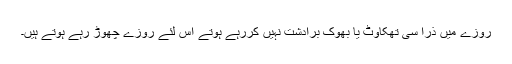
روزے میں ذرا سی تھکاوٹ یا بھوک برادشت نہیں کررہے ہوتے اس لئے روزے چھوڑ رہے ہوتے ہیں۔